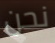
نحن